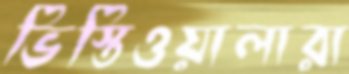
ভিস্তিওয়ালারা